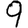
Digit: 9